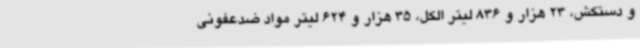
و دستکش، 23 هزار و 836 لیتر الکل، 35 هزار و 624 لیتر مواد ضدعفونی